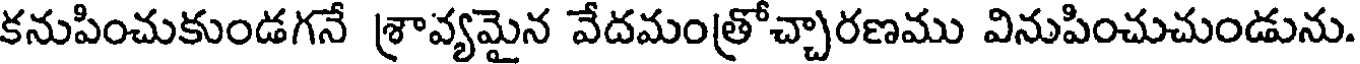
కనుపించుకుండగనే శ్రావ్యమైన వేదమంత్రోచ్చారణము వినుపించుచుండును.